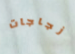
زجاجات